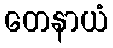
တေနာယံ